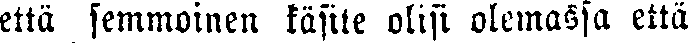
että semmoinen käsite olisi olemassa että